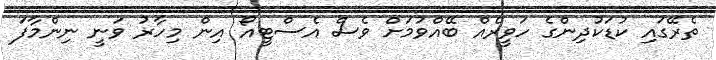
ތެރޭގައި ކުޑަކުދިންގެ ހަވީރެއް ބޭއްވުމަށް ވެސް އެސްޓީއޯ އިން މިހާރު ވަނީ ނިންމާފަ